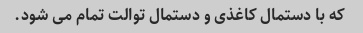
که با دستمال کاغذی و دستمال توالت تمام می شود.